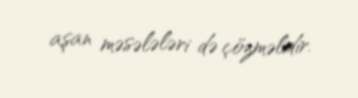
aşan məsələləri də çözməlidir.